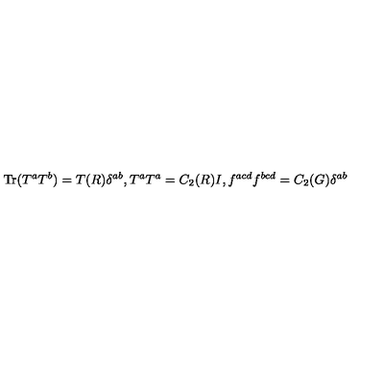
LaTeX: \mathrm { T r } ( T ^ { a } T ^ { b } ) = T ( R ) \delta ^ { a b } , T ^ { a } T ^ { a } = C _ { 2 } ( R ) I , f ^ { a c d } f ^ { b c d } = C _ { 2 } ( G ) \delta ^ { a b }